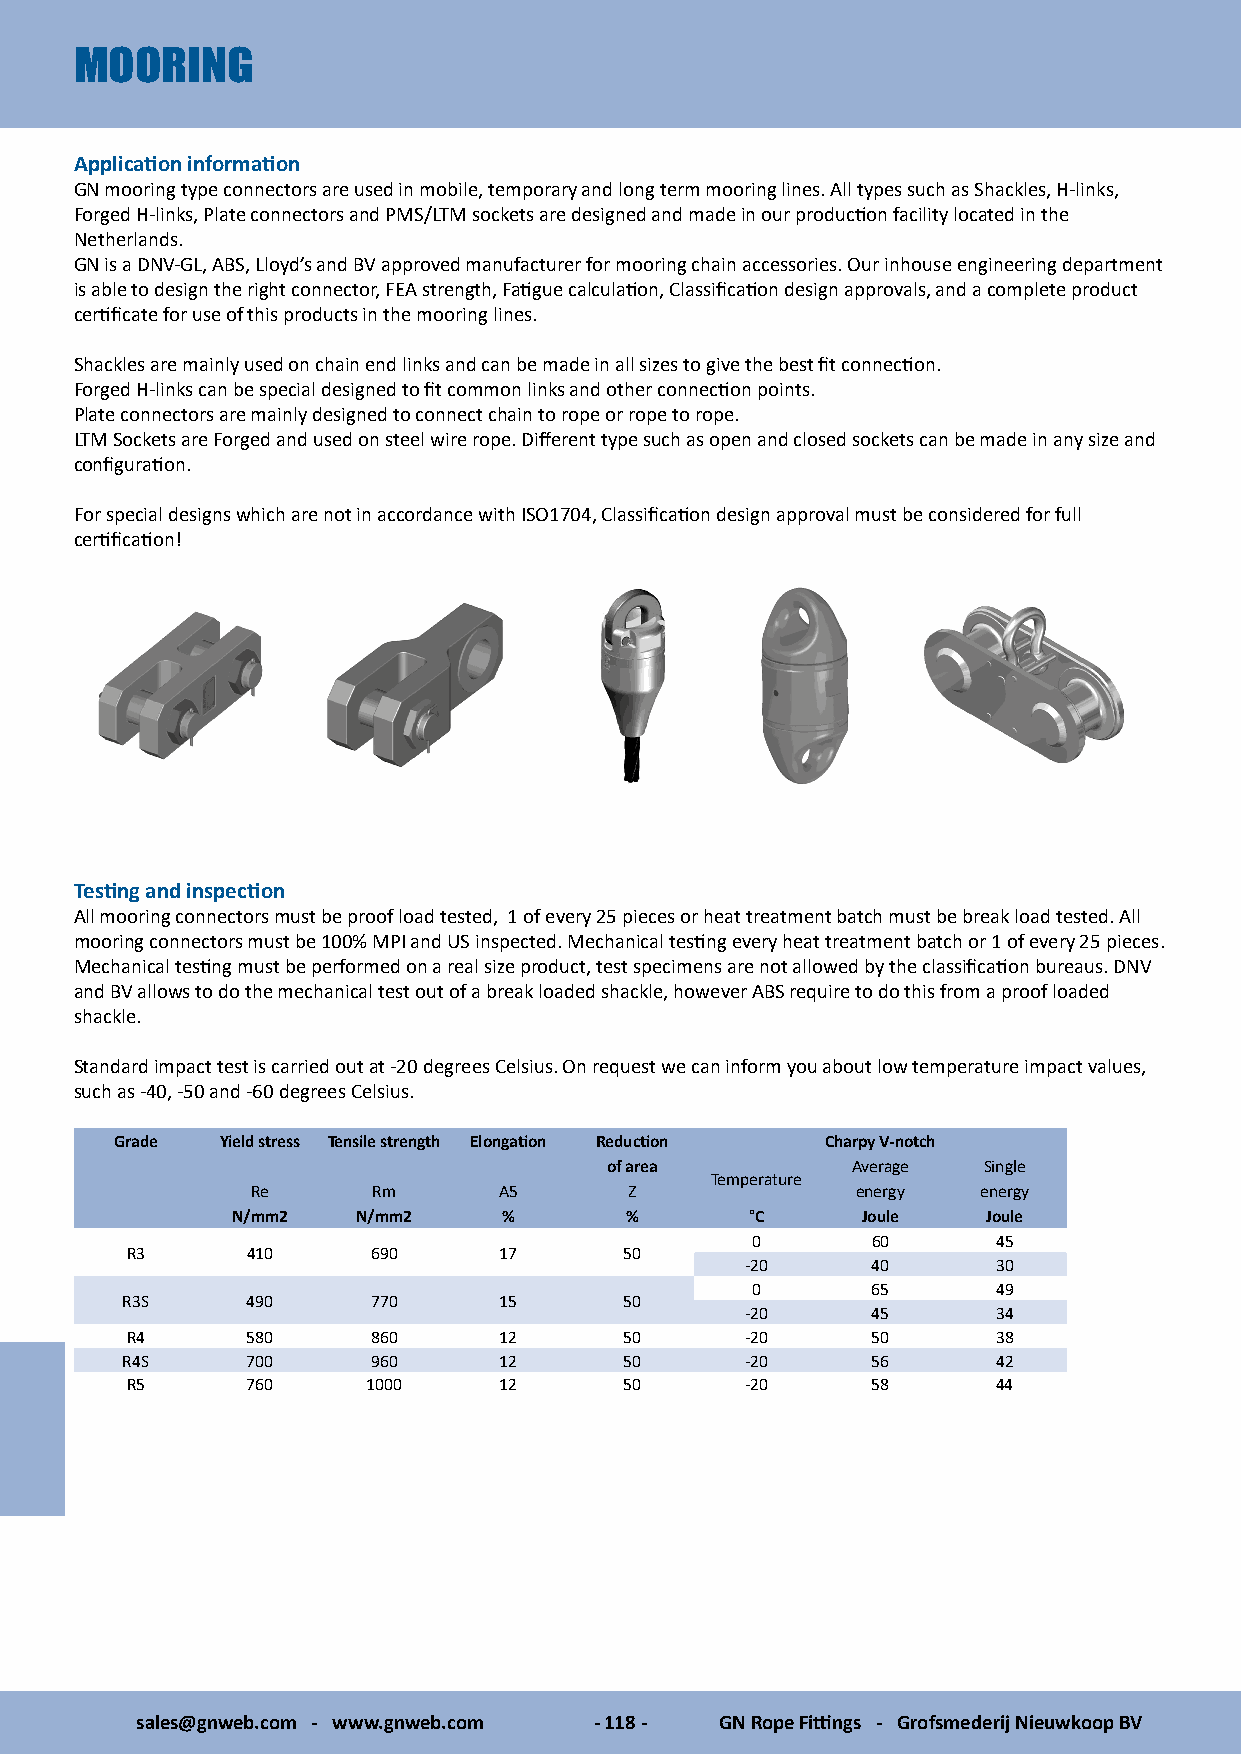
MOORING
 Application information
 GN mooring type connectors are used in mobile, temporary and long term mooring lines. All types such as Shackles, H-links,
 Forged H-links, Plate connectors and PMS/LTM sockets are designed and made in our production facility located in the
 Netherlands.
 GN is a DNV-GL, ABS, Lloyd’s and BV approved manufacturer for mooring chain accessories. Our inhouse engineering department
 is able to design the right connector, FEA strength, Fatigue calculation, Classification design approvals, and a complete product
 certificate for use of this products in the mooring lines.
 Shackles are mainly used on chain end links and can be made in all sizes to give the best fit connection.
 Forged H-links can be special designed to fit common links and other connection points.
 Plate connectors are mainly designed to connect chain to rope or rope to rope.
 LTM Sockets are Forged and used on steel wire rope. Different type such as open and closed sockets can be made in any size and
 configuration.
 For special designs which are not in accordance with ISO1704, Classification design approval must be considered for full
 certification!
 Testing and inspection
 All mooring connectors must be proof load tested, 1 of every 25 pieces or heat treatment batch must be break load tested. All
 mooring connectors must be 100% MPI and US inspected. Mechanical testing every heat treatment batch or 1 of every 25 pieces.
 Mechanical testing must be performed on a real size product, test specimens are not allowed by the classification bureaus. DNV
 and BV allows to do the mechanical test out of a break loaded shackle, however ABS require to do this from a proof loaded
 shackle.
 Standard impact test is carried out at -20 degrees Celsius. On request we can inform you about low temperature impact values,
 such as -40, -50 and -60 degrees Celsius.
 Grade  Yield stress Tensile strength Elongation Reduction Charpy V-notch
 of area         Average  Single
 Temperature
 Re      Rm      A5       Z              energy  energy
 N/mm2    N/mm2    %       %        °C     Joule   Joule
 0       60      45
 R3      410      690     17      50
 -20      40      30
 0       65      49
 R3S     490      770     15      50
 -20      45      34
 R4      580      860     12      50      -20      50      38
 R4S     700      960     12      50      -20      56      42
 R5      760     1000     12      50      -20      58      44
 sales@gnweb.com - www.gnweb.com - 118 - GN Rope Fittings - Grofsmederij Nieuwkoop BV